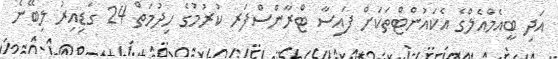
އަދި ބީއެމްއެލްގެ އެކައުންޓްތަކަށް ފައިސާ ޓްރާންސްފަރ ކުރުމުގެ ހިދުމަތް 24 ގަޑިއިރު ލިބޭނެ